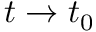
t \rightarrow t _ { 0 }